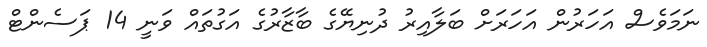
ނަމަވެސް އަހަރުން އަހަރަށް ބަލާއިރު ދުނިޔޭގެ ބާޒާރުގެ އަގުތައް ވަނީ 14 ޕަސެންޓް